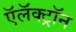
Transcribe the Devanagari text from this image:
ऍलॅक्ट्रॉन